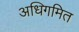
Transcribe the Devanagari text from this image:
अधिगमित